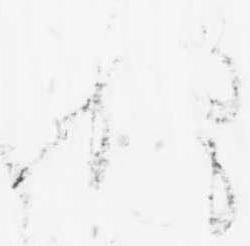
程